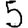
Digit: 5